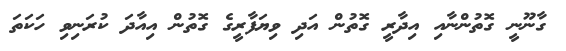
ގާނޫނީ ގޮތުންނާއި އިދާރީ ގޮތުން އަދި ވިޔަފާރީގެ ގޮތުން އިއާދަ ކުރަނިވި ހަކަތަ